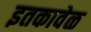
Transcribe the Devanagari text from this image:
इतकावेळ